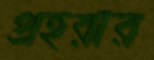
প্রহরার